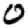
Digit: 0